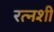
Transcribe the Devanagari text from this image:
रत्नशी